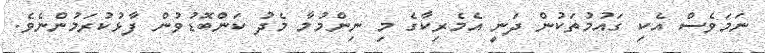
ނަމަވެސް އެކި ގައުމުތަކުން ދަނީ އެމެރިކާގެ މި ނިންމުމާ މެދު ކަންބޮޑުވުން ފާޅުކުރަމުންނެވެ.